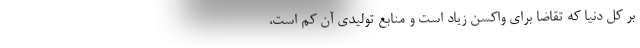
بر کل دنیا که تقاضا برای واکسن زیاد است و منابع تولیدی آن کم است،